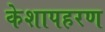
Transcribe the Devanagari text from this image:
केशापहरण